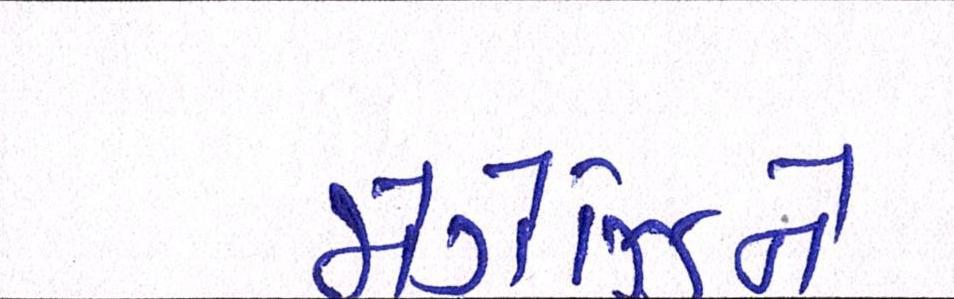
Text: મેગેઝિને